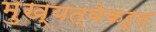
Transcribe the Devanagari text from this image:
मुख्यत्वेकरून्